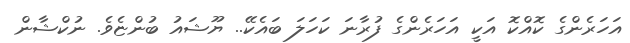
އަހަރެންގެ ކޮއްކޮ އަކީ އަހަރެންގެ ފުރާނަ ކަހަލަ ބައެކޭ.. ޔޫޝައު ބުންޏެވެ. ނުކްޝާން